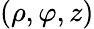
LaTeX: (\rho,\varphi,z)